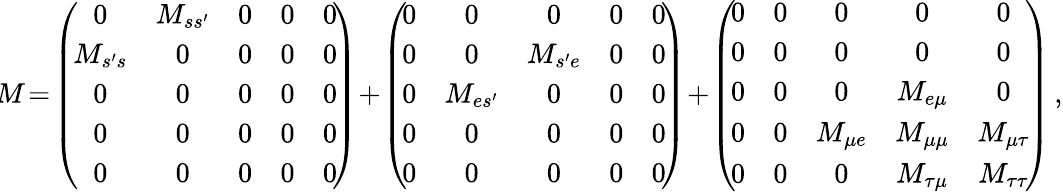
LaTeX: \! M\! =\! \left(\! \begin{array}{ccccc}{{0}}&{{M_{ss^{\prime}}}}&{{0}}&{{0}}&{{0}}\\ {{M_{s^{\prime}s}}}&{{0}}&{{0}}&{{0}}&{{0}}\\ {{0}}&{{0}}&{{0}}&{{0}}&{{0}}\\ {{0}}&{{0}}&{{0}}&{{0}}&{{0}}\\ {{0}}&{{0}}&{{0}}&{{0}}&{{0}}\end{array}\! \right)\! +\! \left(\! \begin{array}{ccccc}{{0}}&{{0}}&{{0}}&{{0}}&{{0}}\\ {{0}}&{{0}}&{{M_{s^{\prime}e}}}&{{0}}&{{0}}\\ {{0}}&{{M_{es^{\prime}}}}&{{0}}&{{0}}&{{0}}\\ {{0}}&{{0}}&{{0}}&{{0}}&{{0}}\\ {{0}}&{{0}}&{{0}}&{{0}}&{{0}}\end{array}\! \right)\! +\! \left(\! \begin{array}{ccccc}{{0}}&{{0}}&{{0}}&{{0}}&{{0}}\\ {{0}}&{{0}}&{{0}}&{{0}}&{{0}}\\ {{0}}&{{0}}&{{0}}&{{M_{e\mu}}}&{{0}}\\ {{0}}&{{0}}&{{M_{\mu e}}}&{{M_{\mu\mu}}}&{{M_{\mu\tau}}}\\ {{0}}&{{0}}&{{0}}&{{M_{\tau\mu}}}&{{M_{\tau\tau}}}\end{array}\! \right)\, ,